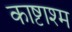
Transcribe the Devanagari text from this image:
काष्टाश्म